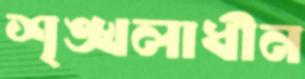
শৃঙ্খলাধীন